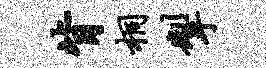
背桐掣